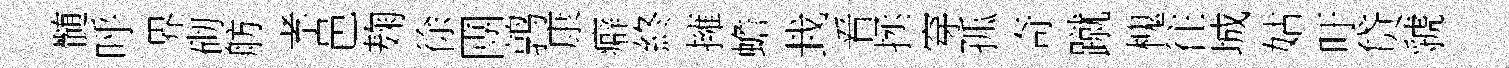
髄呼界砌舫孝邑麹徐圑鹑康癖終擁蟾㘽㸔拯穿孤奇蹴槐往城姑旴贷虢